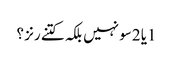
1یا 2سو نہیں بلکہ کتنے رنز ؟